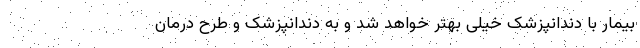
بیمار با دندانپزشک خیلی بهتر خواهد شد و به دندانپزشک و طرح درمان